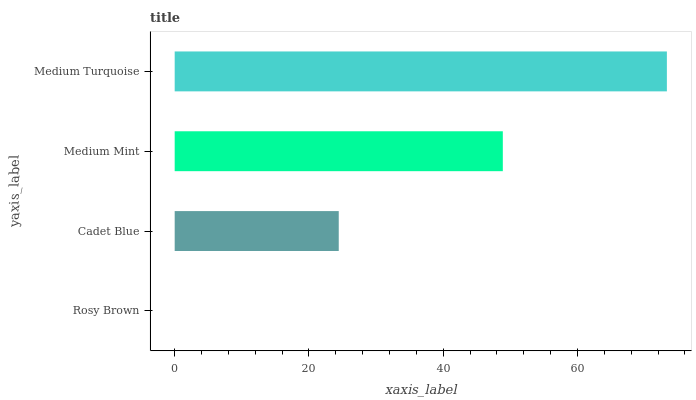
| yaxis_label | bars |
 | --- | --- |
 | Rosy Brown | 0 |
 | Cadet Blue | 24.4 |
 | Medium Mint | 48.9 |
 | Medium Turquoise | 73.3 |